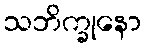
သဘိက္ခုနော